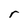
Character: r